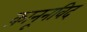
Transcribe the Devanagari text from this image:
क़ानूनविद